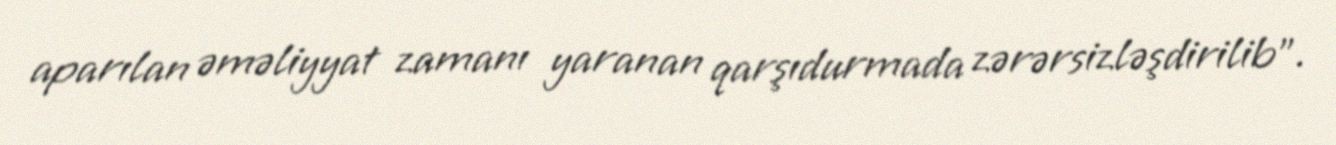
aparılan əməliyyat zamanı yaranan qarşıdurmada zərərsizləşdirilib”.